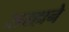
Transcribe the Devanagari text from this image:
सरहाने